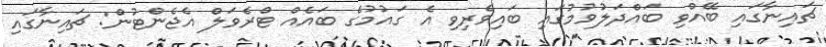
ޗައިނާގައި ބޭއްވި ބައްދަލުވުމުގައި ބައިވެރިވި އެ ގައުމުގެ ބައެެއް ޓްރެވަލް އެޖެންޓުން: ޗައިނާގައި